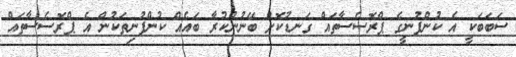
ސަބަބަކީ އެ ކުންފުނީގެ ޕްރޮސެސާތައް ގަނޑުކޮށް ބޭނުންކުރާ ބައެއް ކުންފުނިތަކުން އެ ޕްރޮސެސާތައް